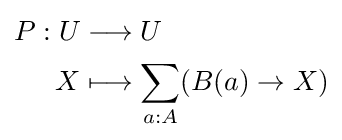
{\begin{aligned}P:U&\longrightarrow U\\X&\longmapsto \sum _{a:A}(B(a)\to X)\end{aligned}}